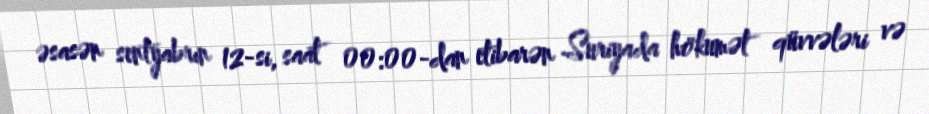
əsasən sentyabrın 12-si, saat 00:00-dan etibarən Suriyada hökumət qüvvələri və